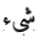
شيء